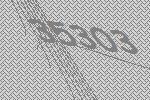
35303